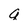
Character: q